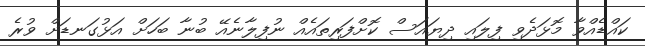
ކައްޑެއްވާ މޮޅަދެވި ފިލައި ދިޔައަސް ކޮށްފަރިތައެއް ނުފިލާނެއޭ ބުނާ ބަހަށް އަޅުގަނޑަށް ވުރެ